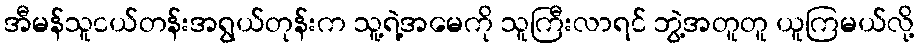
အီမန်သူငယ်တန်းအရွယ်တုန်းက သူ့ရဲ့အမေကို သူကြီးလာရင် ဘွဲ့အတူတူ ယူကြမယ်လို့